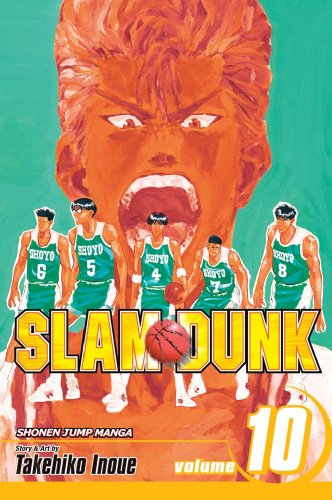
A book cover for Slam Dunk, Vol. 10; Takehiko Inoue; Comics & Graphic Novels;